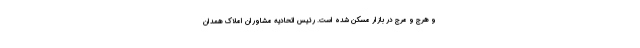
و هرج و مرج در بازار مسکن شده است. رئیس اتحادیه مشاوران املاک همدان